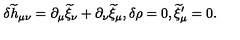
\delta { \widetilde h } _ { \mu \nu } = \partial _ { \mu } { \widetilde \xi } _ { \nu } + \partial _ { \nu } { \widetilde \xi } _ { \mu } , \delta \rho = 0 , { \widetilde \xi } _ { \mu } ^ { \prime } = 0 .